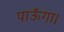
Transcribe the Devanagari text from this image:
पाऊँगा।